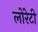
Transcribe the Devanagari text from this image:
लोरेटी